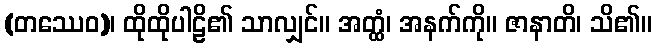
(တဿေဝ)၊ ထိုထိုပါဠိ၏ သာလျှင်။ အတ္ထံ၊ အနက်ကို။ ဇာနာတိ၊ သိ၏။